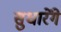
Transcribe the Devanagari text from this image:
सुधारेंगे